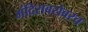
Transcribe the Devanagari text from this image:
मंदिराबरोबरच